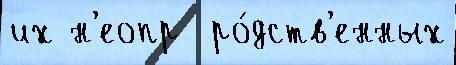
их н'еопр  ро́дств'енных